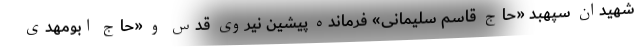
شهیدان سپهبد «حاج قاسم سلیمانی» فرمانده پیشین نیروی قدس و «حاج ابومهدی